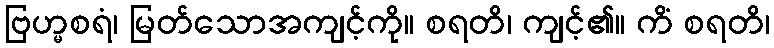
ဗြဟ္မစရံ၊ မြတ်သောအကျင့်ကို။ စရတိ၊ ကျင့်၏။ ကိံ စရတိ၊